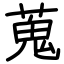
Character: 蒐